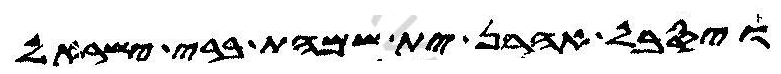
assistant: ויסבל אהרן ית שמהת ברי ישראל